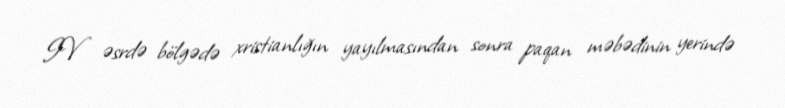
IV əsrdə bölgədə xristianlığın yayılmasından sonra paqan məbədinin yerində